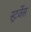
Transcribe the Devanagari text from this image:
स्ट्रर्जेस